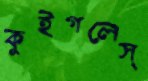
কুইগলেস্